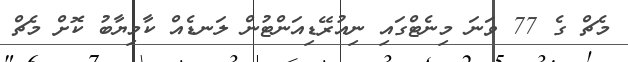
މެޗް ގެ 77 ވަނަ މިނެޓްގައި ނިއުރޭޑިއަންޓުން ލަނޑެއް ކާމިޔާބު ކޮށް މެޗް